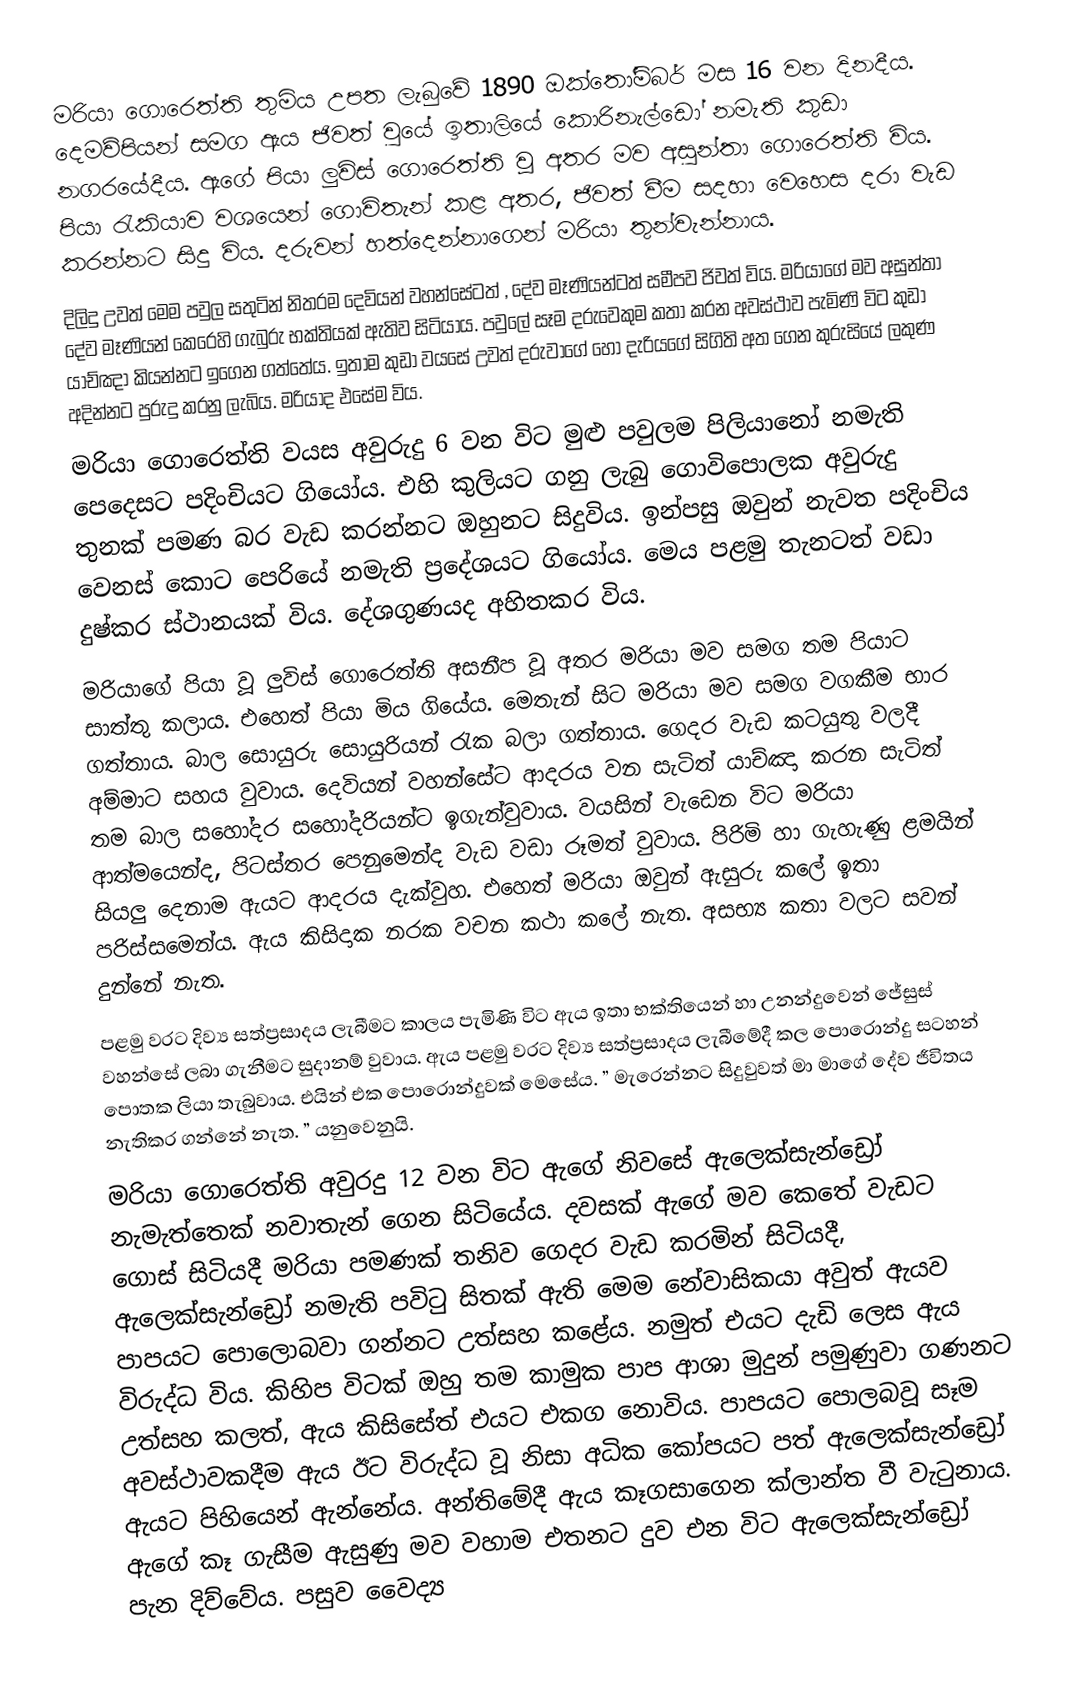
මරියා ගොරෙත්ති තුමිය උපත ලැබුවේ 1890 ඔක්තෝම්බර් මස 16 වන දිනදීය. දෙමව්පියන් සමග ඇය ජිවත් වුයේ ඉතාලියේ කොරිනැල්ඩෝ නමැති කුඩා නගරයේදීය. ඇගේ පියා ලුවිස් ගොරෙත්ති වූ අතර මව අසුන්තා ගොරෙත්ති විය. පියා රැකියාව වශයෙන් ගොවිතැන් කළ අතර, ජිවත් වීම සදහා වෙහෙස දරා වැඩ කරන්නට සිදු විය. දරුවන් හත්දෙන්නාගෙන් මරියා තුන්වැන්නාය.
දිලිදු උවත් මෙම පවුල සතුටින් නිතරම දෙවියන් වහන්සේටත් , දේව මෑණියන්ටත් සමීපව ජිවත් විය. මරියාගේ මව අසුන්තා දේව මෑණියන් කෙරෙහි ගැබුරු භක්තියක් ඇතිව සිටියාය. පවුලේ සෑම දරුවෙකුම කතා කරන අවස්ථාව පැමිණි විට කුඩා යාච්ඤා කියන්නට ඉගෙන ගත්තේය. ඉතාම කුඩා වයසේ උවත් දරුවාගේ හෝ දැරියගේ සිගිති අත ගෙන කුරුසියේ ලකුණ අදින්නට පුරුදු කරනු ලැබිය. මරියාද එසේම විය.
මරියා ගොරෙත්ති වයස අවුරුදු 6 වන විට මුළු පවුලම පිලියානෝ නමැති පෙදෙසට පදිංචියට ගියෝය. එහි කුලියට ගනු ලැබු ගොවිපොලක අවුරුදු තුනක් පමණ බර වැඩ කරන්නට ඔහුනට සිදුවිය. ඉන්පසු ඔවුන් නැවත පදිංචිය වෙනස් කොට පෙරියේ නමැති ප්‍රදේශයට ගියෝය. මෙය පළමු තැනටත් වඩා දුෂ්කර ස්ථානයක් විය. දේශගුණයද අහිතකර විය.
මරියාගේ පියා වූ ලුවිස් ගොරෙත්ති අසනීප වූ අතර මරියා මව සමග තම පියාට සාත්තු කලාය. එහෙත් පියා මිය ගියේය. මෙතැන් සිට මරියා මව සමග වගකීම භාර ගත්තාය. බාල සොයුරු සොයුරියන් රැක බලා ගත්තාය. ගෙදර වැඩ කටයුතු වලදී අම්මාට සහය වුවාය. දෙවියන් වහන්සේට ආදරය වන සැටිත් යාච්ඤා කරන සැටිත් තම බාල සහෝදර සහෝදරියන්ට ඉගැන්වුවාය. වයසින් වැඩෙන විට මරියා ආත්මයෙන්ද, පිටස්තර පෙනුමෙන්ද වැඩ වඩා රූමත් වුවාය. පිරිමි හා ගැහැණු ළමයින් සියලු දෙනාම ඇයට ආදරය දැක්වුහ. එහෙත් මරියා ඔවුන් ඇසුරු කලේ ඉතා පරිස්සමෙන්ය. ඇය කිසිදාක නරක වචන කථා කලේ නැත. අසභ්‍ය කතා වලට සවන් දුන්නේ නැත.
පළමු වරට දිව්‍ය සත්ප්‍රසාදය ලැබීමට කාලය පැමිණි විට ඇය ඉතා භක්තියෙන් හා උනන්දුවෙන් ජේසුස් වහන්සේ ලබා ගැනීමට සුදානම් වුවාය. ඇය පළමු වරට දිව්‍ය සත්ප්‍රසාදය ලැබීමේදී කල පොරොන්දු සටහන් පොතක ලියා තැබුවාය. එයින් එක පොරොන්දුවක් මෙසේය. ” මැරෙන්නට සිදුවුවත් මා මාගේ දේව ජීවිතය නැතිකර ගන්නේ නැත. ” යනුවෙනුයි.
මරියා ගොරෙත්ති අවුරදු 12 වන විට ඇගේ නිවසේ ඇලෙක්සැන්ඩ්‍රෝ නැමැත්තෙක් නවාතැන් ගෙන සිටියේය. දවසක් ඇගේ මව කෙතේ වැඩට ගොස් සිටියදී මරියා පමණක් තනිව ගෙදර වැඩ කරමින් සිටියදී, ඇලෙක්සැන්ඩ්‍රෝ නමැති පවිටු සිතක් ඇති මෙම නේවාසිකයා අවුත් ඇයව පාපයට පොලොබවා ගන්නට උත්සහ කළේය. නමුත් එයට දැඩි ලෙස ඇය විරුද්ධ විය. කිහිප විටක් ඔහු තම කාමුක පාප ආශා මුදුන් පමුණුවා ගණනට උත්සහ කලත්, ඇය කිසිසේත් එයට එකග නොවිය. පාපයට පොලබවූ සෑම අවස්ථාවකදීම ඇය ඊට විරුද්ධ වූ නිසා අධික කෝපයට පත් ඇලෙක්සැන්ඩ්‍රෝ ඇයට පිහියෙන් ඇන්නේය. අන්තිමේදී ඇය කෑගසාගෙන ක්ලාන්ත වී වැටුනාය. ඇගේ කෑ ගැසීම ඇසුණු මව වහාම එතනට දුව එන විට ඇලෙක්සැන්ඩ්‍රෝ පැන දිව්වේය. පසුව වෛද්‍ය